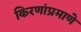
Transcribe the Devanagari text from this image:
किरणांप्रमाणे